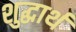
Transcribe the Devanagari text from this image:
शुद्धार्थ